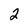
Character: 2